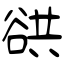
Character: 谼